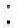
: